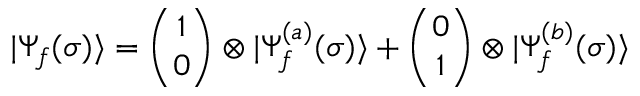
| \Psi _ { f } ( \sigma ) \rangle = \binom { 1 } { 0 } \otimes | \Psi _ { f } ^ { ( a ) } ( \sigma ) \rangle + \binom { 0 } { 1 } \otimes | \Psi _ { f } ^ { ( b ) } ( \sigma ) \rangle